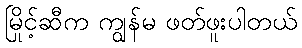
မြိုင့်ဆီက ကျွန်မ ဖတ်ဖူးပါတယ်